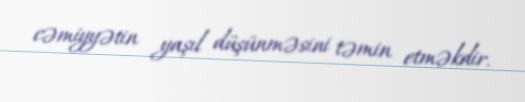
cəmiyyətin yaşıl düşünməsini təmin etməkdir.